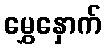
မွှေနှောက်